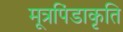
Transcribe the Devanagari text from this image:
मूत्रपिंडाकृति